Structure of Hæmatopota pluvialis (Meigen) - Number 55
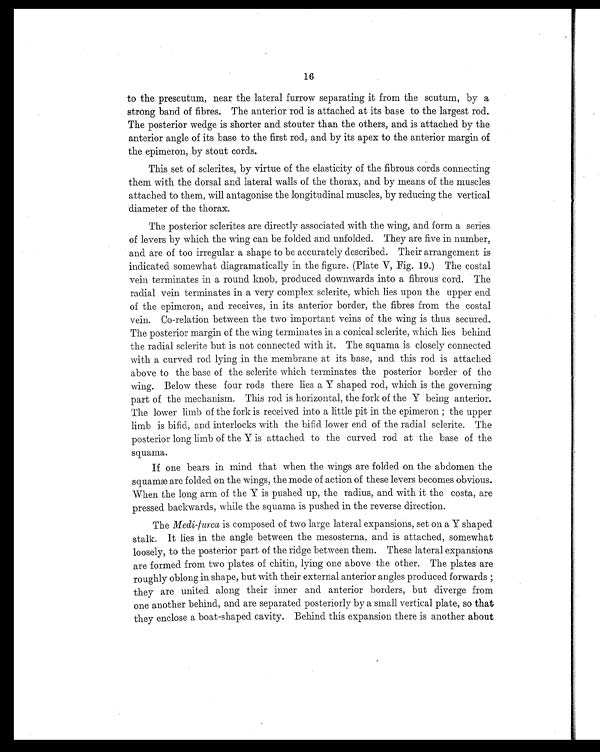
16
to the prescutum, near the lateral furrow separating it from the Scutum, by a
strong band of fibres. The anterior rod is attached at its base to the largest rod.
The posterior wedge is shorter and stouter than the others, and is attached by the
anterior angle of its base to the first rod, and by its apex to the anterior margin of
the epimeron, by stout cords.
This set of sclerites, by virtue of the elasticity of the fibrous cords connecting
them with the dorsal and lateral walls of the thorax, and by means of the muscles
attached to them, will antagonise the longitudinal muscles, by reducing the vertical
diameter of the thorax.
The posterior sclerites are directly associated with the wing, and form a series
of levers by which the wing can be folded and unfolded. They are five in number,
and are of too irregular a shape to be accurately described. Their arrangement is
indicated somewhat diagramatically in the figure. (Plate V, Fig. 19.) The costal
vein terminates in a round knob, produced downwards into a fibrous cord. The
radial vein terminates in a very complex sclerite, which lies upon the upper end
of the epimeron, and receives, in its anterior border, the fibres from the costal
vein. Co-relation between the two important veins of the wing is thus secured.
The posterior margin of the wing terminates in a conical sclerite, which lies behind
the radial sclerite but is not connected with it. The squama is closely connected
with a curved rod lying in the membrane at its base, and this rod is attached
above to the base of the sclerite which terminates the posterior border of the
wing. Below these four rods there lies a Y shaped rod, which is the governing
part of the mechanism. This rod is horizontal, the fork of the Y being anterior.
The lower limb of the fork is received into a little pit in the epimeron; the upper
limb is bifid, and interlocks with the bifid lower end of the radial sclerite. The
posterior long limb of the Y is attached to the curved rod at the base of the
squama.
If one bears in mind that when the wings are folded on the abdomen the
squamæ are folded on the wings, the mode of action of these levers becomes obvious.
When the long arm of the Y is pushed up, the radius, and with it the costa, are
pressed backwards, while the squama is pushed in the reverse direction.
The Medi-furca is composed of two large lateral expansions, set on a Y shaped
stalk. It lies in the angle between the mesosterna, and is attached, somewhat
loosely, to the posterior part of the ridge between them. These lateral expansions
are formed from two plates of chitin, lying one above the other. The plates are
roughly oblong in shape, but with their external anterior angles produced forwards;
they are united along their inner and anterior borders, but diverge from
one another behind, and are separated posteriorly by a small vertical plate, so that
they enclose a boat-shaped cavity. Behind this expansion there is another about